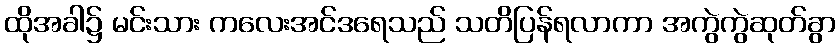
ထိုအခါ၌ မင်းသား ကလေးအင်ဒရေသည် သတိပြန်ရလာကာ အကွဲကွဲဆုတ်ခွာ